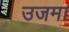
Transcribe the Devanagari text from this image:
उजमा